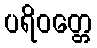
ပရိဝတ္တေ